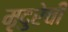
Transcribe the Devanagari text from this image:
मृदुरेची